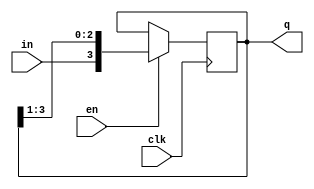
module shiftreg(en, in, clk, q);
	parameter n = 4;
	input en;
	input in;
	input clk;
	output [n-1:0] q;
	reg [n-1:0] q;
	
	initial
		q = 4'd10;
		always @(posedge clk)
			begin
				if(en)
				q = {in, q[n-1:1]};
			end
endmodule

module shiftregtest;

	parameter n = 4;
	reg en, in, clk;
	wire [n-1: 0] q;
	//reg[n-1:0] q;
	
	shiftreg shreg(en, in, clk, q);
	
	initial begin
		clk=0;
	end
	
	always
		#2 clk=~clk;
		initial
			$monitor($time, " EN=%b, in=%b, Q=%b\n", en, in, q);
			initial begin
				in=0; en=0;
				#4 in=1; en=1;
				#4 in=1; en=0;
				#4 in=0; en=1;
				#5 $finish;
			end
endmodule